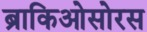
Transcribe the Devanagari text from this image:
ब्राकिओसोरस